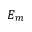
E _ { m }